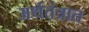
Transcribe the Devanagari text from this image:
अर्थतंत्रात